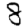
Digit: 8